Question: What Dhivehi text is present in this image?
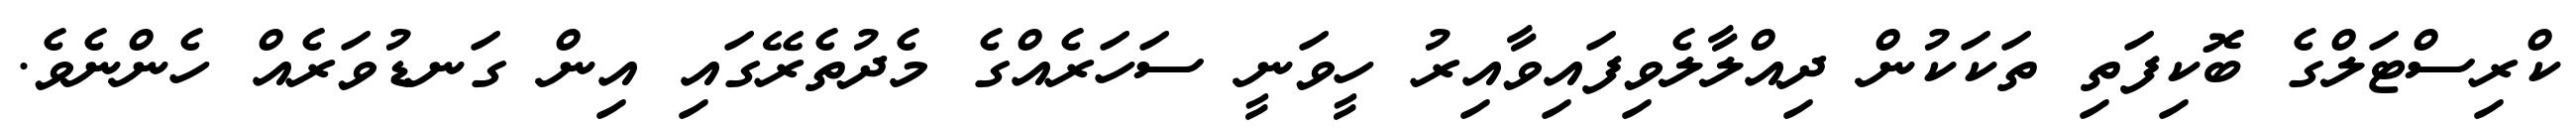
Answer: ކްރިސްޓަލްގެ ބޮކިފަތި ތަކަކުން ދިއްލާލެވިފައިވާއިރު ހީވަނީ ސަހަރެއްގެ މެދުތެރޭގައި އިން ގަނޑުވަރެއް ހެންނެވެ.